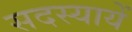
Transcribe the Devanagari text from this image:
सदस्यायें